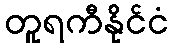
တူရကီနိုင်ငံ